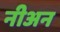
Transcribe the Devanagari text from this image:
नीअन